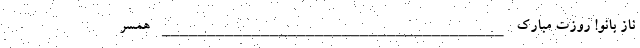
ناز بانو! روزت مبارک ______________________________________ همسر